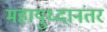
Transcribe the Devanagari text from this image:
महायुध्दानंतर